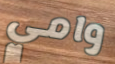
وامي